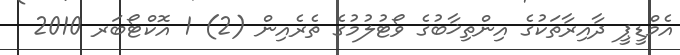
އެމްޑީޕީ ދާއިރާތަކުގެ އިންތިޚާބުގެ ވޯޓުލުމުގެ ތެރެއިން (2) 1 އޮކްޓޯބަރ 2010